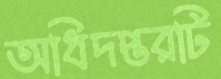
অধিদপ্তরটি